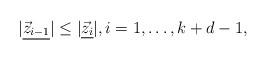
LaTeX: \begin{align*} |\underline{\vec z_{i-1}}|\leq|\underline{\vec z_i}|,i=1,\ldots,k+d-1, \end{align*}